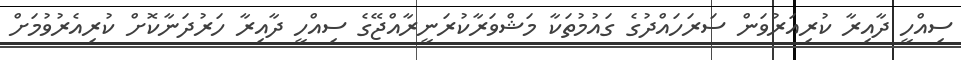
ސިއްހީ ދާއިރާ ކުރިއަރުވަން ސަރަހައްދުގެ ގައުމުތަކާ މަޝްވަރާކުރަނީރާއްޖޭގެ ސިއްހީ ދާއިރާ ހަރުދަނާކޮށް ކުރިއެރުވުމަށް